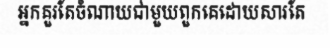
អ្នកគួរតែចំណាយជាមួយពួកគេដោយសារតែ